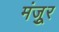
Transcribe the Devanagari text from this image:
मंजूुर